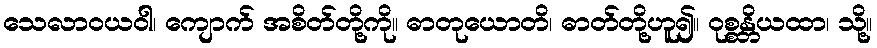
သေလာဝယဝါ၊ ကျောက် အစိတ်တို့ကို။ ဓာတုယောတိ၊ ဓာတ်တို့ဟူ၍။ ဝုစ္စန္တိယထာ၊ သို့။